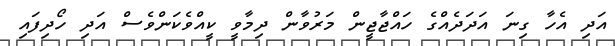
އަދި އެހާ ގިނަ އަދަދެއްގެ ހައްޖާޖީން މަރުވާން ދިމާވީ ކީއްވެކަންވެސް އަދި ހޯދިފައި